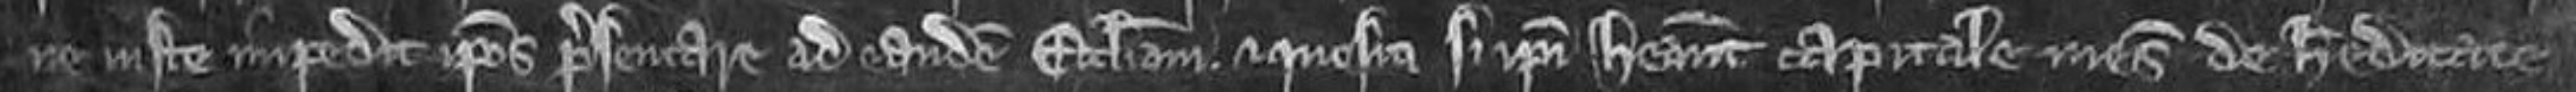
ne juste impedit ipsos presentare ad eandem ecclesiam. Et quesiti si ipsi habeant capitale mesuagium de hereditate